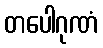
တပေါဂုဏံ